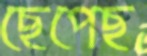
ছেপেছ